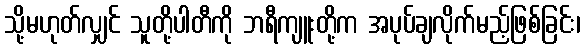
သို့မဟုတ်လျှင် သူတို့ပါတီကို ဘရီကျူးတို့က အပုပ်ချလိုက်မည့်ဖြစ်ခြင်း၊